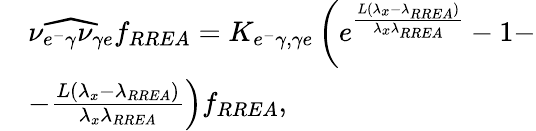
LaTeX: \begin{array}{rl}&{\widehat{\nu_{e^{-}\gamma}\nu_{\gamma e}}f_{RREA}=K_{e^{-}\gamma,\gamma e}\left(e^{\frac{L(\lambda_{x}-\lambda_{RREA})}{\lambda_{x}\lambda_{RREA}}}-1-\right.}\\ &{\left.-\frac{L(\lambda_{x}-\lambda_{RREA})}{\lambda_{x}\lambda_{RREA}}\right)f_{RREA},}\end{array}